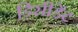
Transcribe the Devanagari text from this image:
डिसीडेंट